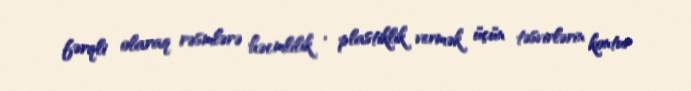
fərqli olaraq rəsmlərə həcmlilik , plastiklik vermək üçün təsvirlərin kontur